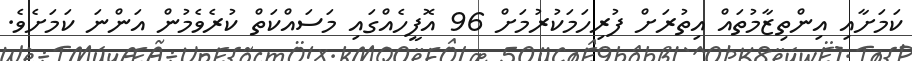
ކަމަށާއި އިންތިޒާމުތައް އިތުރަށް ފުރިހަަމަކުރުމަށް 96 އޮފީހެއްގައި މަސައްކަތް ކުރެވެމުން އަންނަ ކަމަށެވެ.